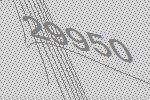
29950